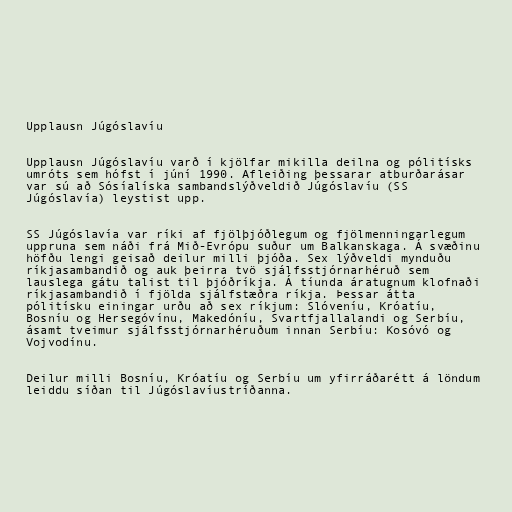
Upplausn Júgóslavíu

Upplausn Júgóslavíu varð í kjölfar mikilla deilna og pólitísks
umróts sem hófst í júní 1990. Afleiðing þessarar atburðarásar
var sú að Sósíalíska sambandslýðveldið Júgóslavíu (SS
Júgóslavía) leystist upp.

SS Júgóslavía var ríki af fjölþjóðlegum og fjölmenningarlegum
uppruna sem náði frá Mið-Evrópu suður um Balkanskaga. Á svæðinu
höfðu lengi geisað deilur milli þjóða. Sex lýðveldi mynduðu
ríkjasambandið og auk þeirra tvö sjálfsstjórnarhéruð sem
lauslega gátu talist til þjóðríkja. Á tíunda áratugnum klofnaði
ríkjasambandið í fjölda sjálfstæðra ríkja. Þessar átta
pólitísku einingar urðu að sex ríkjum: Slóveníu, Króatíu,
Bosníu og Hersegóvínu, Makedóníu, Svartfjallalandi og Serbíu,
ásamt tveimur sjálfsstjórnarhéruðum innan Serbíu: Kosóvó og
Vojvodínu.

Deilur milli Bosníu, Króatíu og Serbíu um yfirráðarétt á löndum
leiddu síðan til Júgóslavíustríðanna.